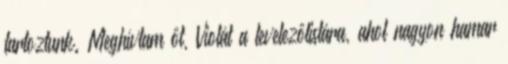
tartoztunk. Meghívtam őt, Violát a levelezőlistára, ahol nagyon hamar